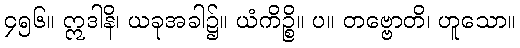
၄၅၆။ ဣဒါနိ၊ ယခုအခါ၌။ ယံကိဉ္စိ။ ပ။ တဗ္ဗောတိ၊ ဟူသော။